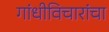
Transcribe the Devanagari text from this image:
गांधीविचारांचा